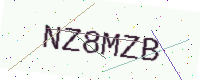
Text: NZ8MZB